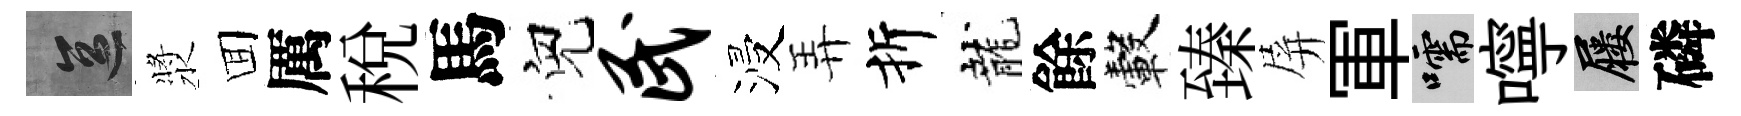
區漿囬厲稅馬兒民浸弄折龍餘轂臻屏軍嚅嚀屨磷